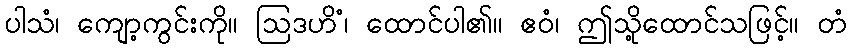
ပါသံ၊ ကျော့ကွင်းကို။ ဩဒဟိံ၊ ထောင်ပါ၏။ ဧဝံ၊ ဤသို့ထောင်သဖြင့်။ တံ